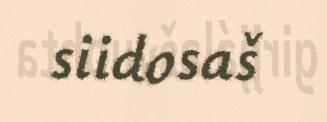
siidosaš